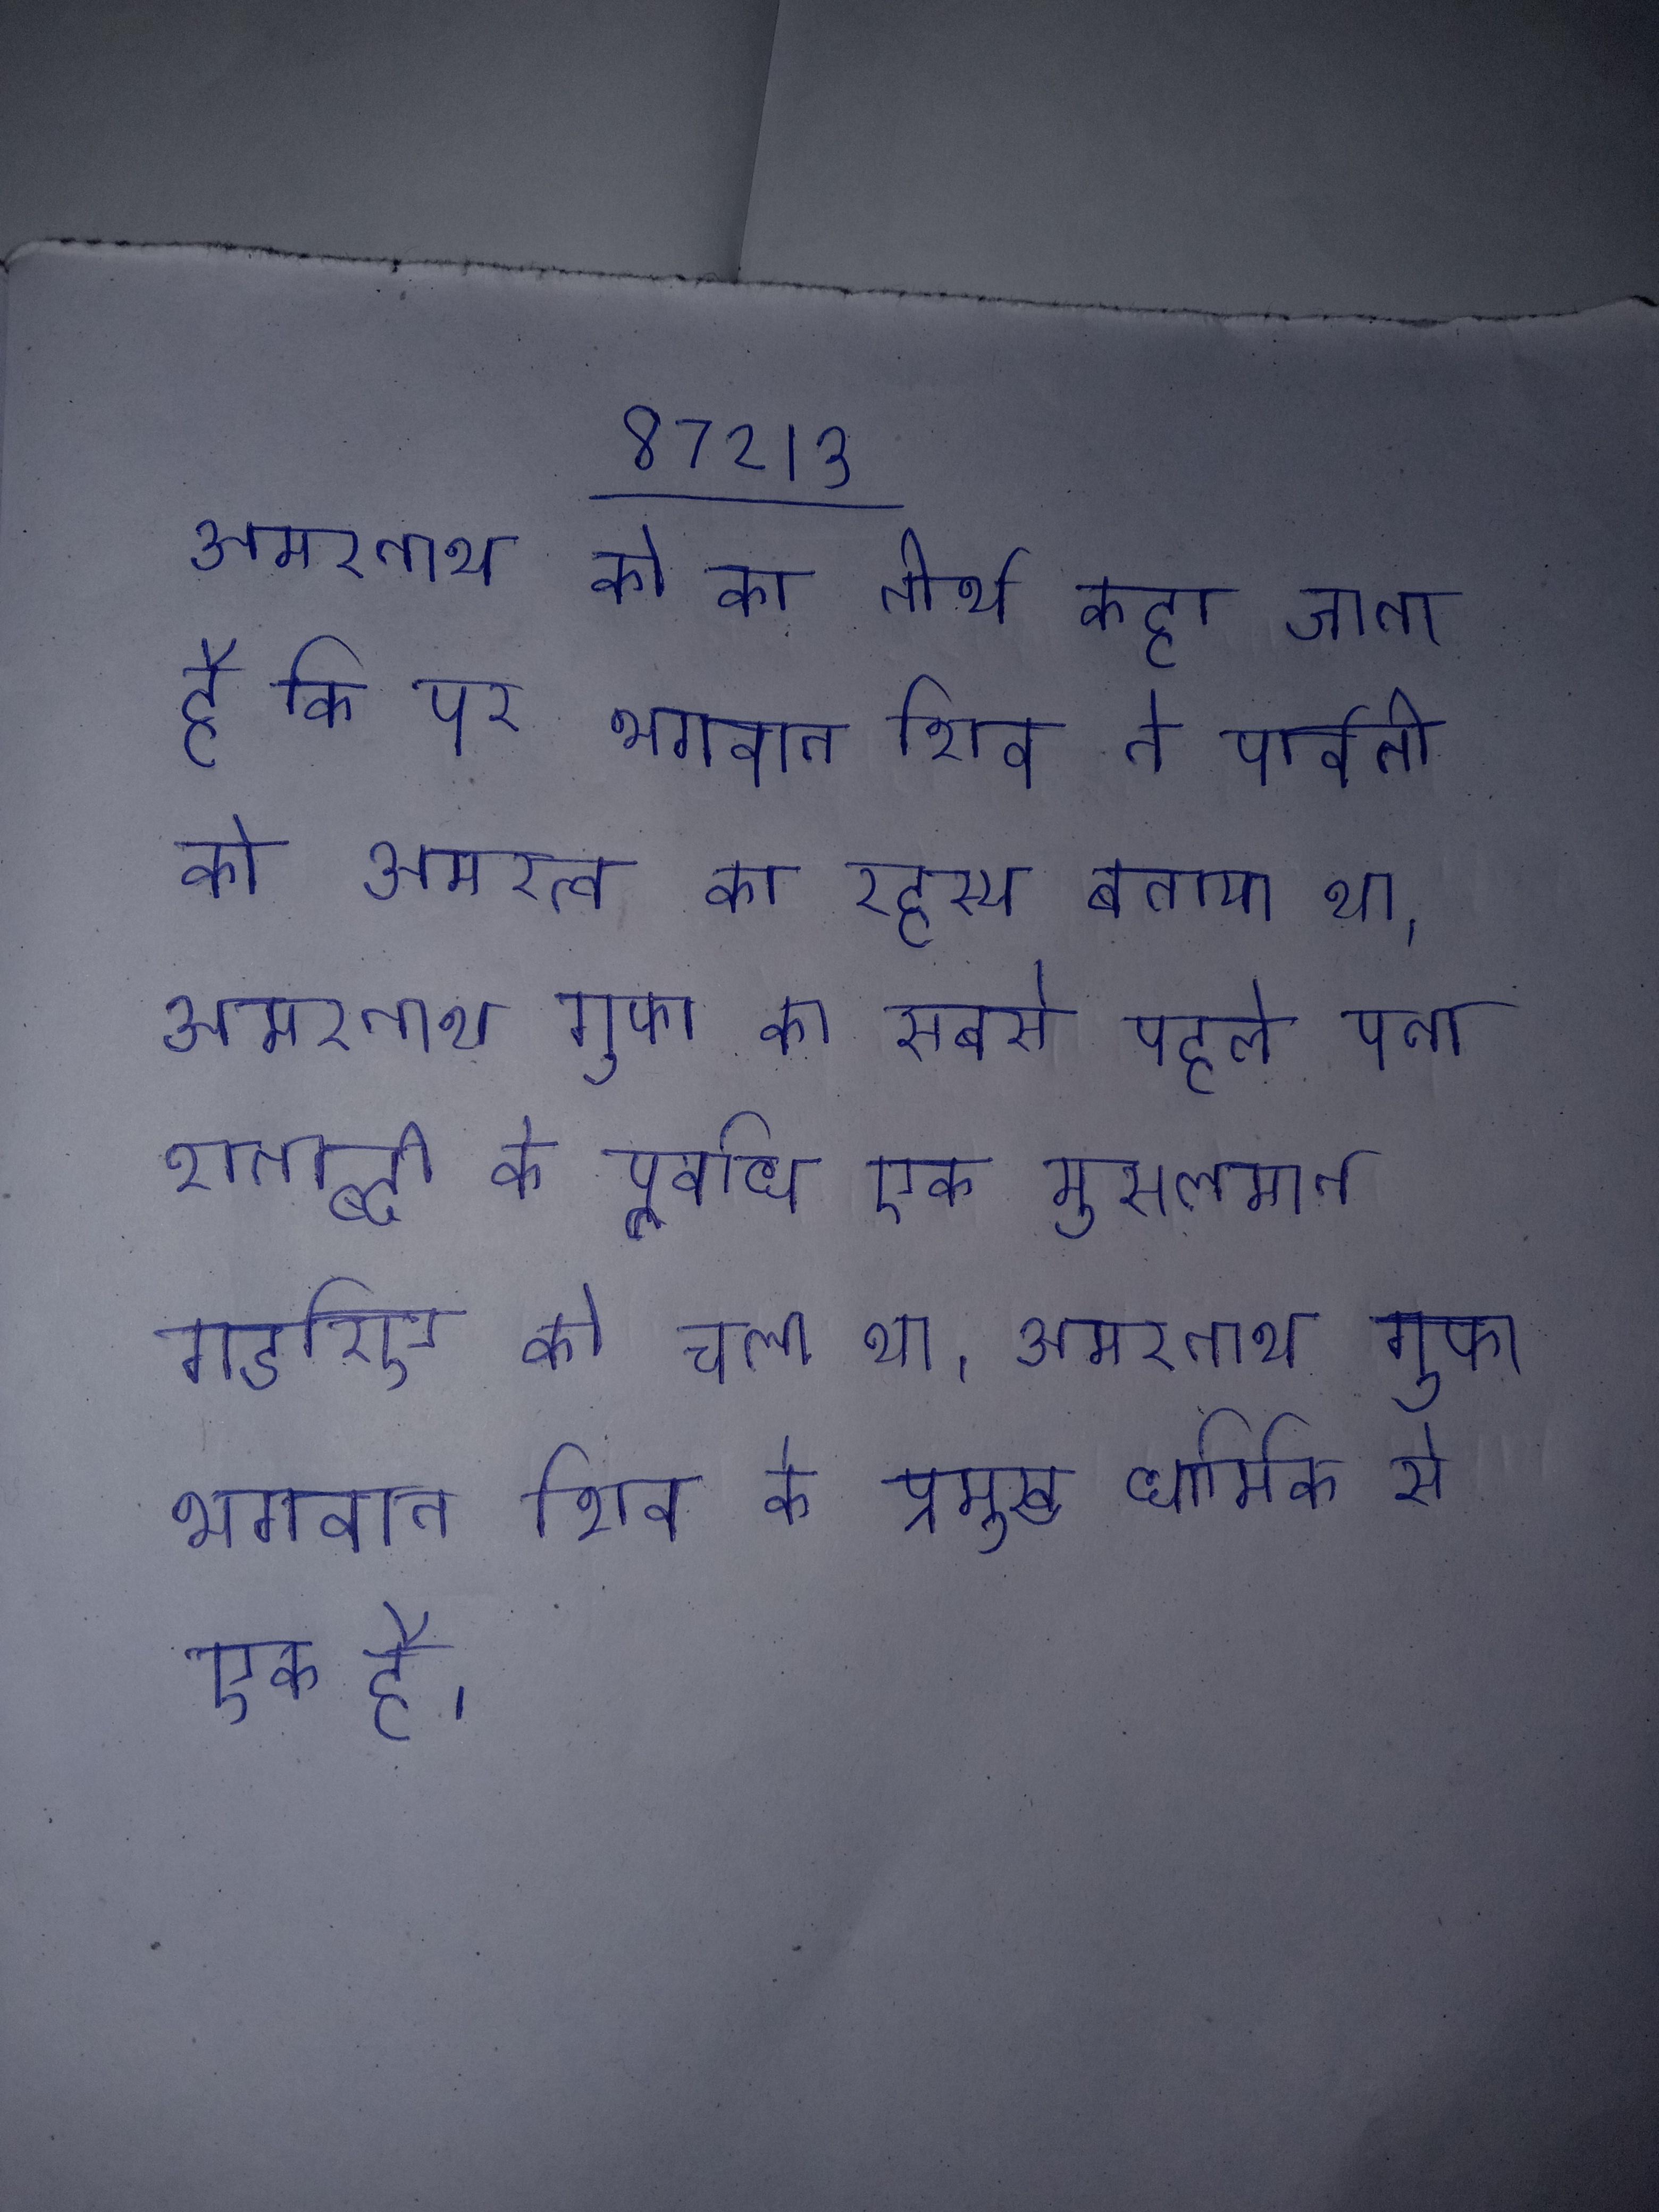
अमरनाथ को का तीर्थ कहा जाता है कि पर भगवान शिव ने पार्वती को अमरत्व का रहस्य बताया था । अमरनाथ गुफा का सबसे पहले पता शताब्दी के पूर्वाध एक मुसलमान गडरिए को चला था । अमरनाथ गुफा भगवान शिव के प्रमुख धार्मिक से एक है ।